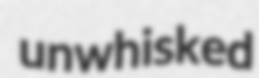
unwhisked